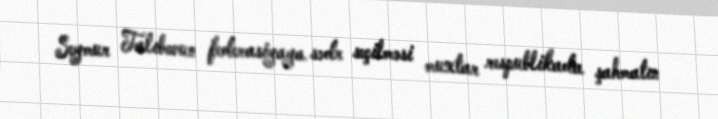
Seymur Talıbovun federasiyaya sədr seçilməsi muxtar respublikada şahmatın